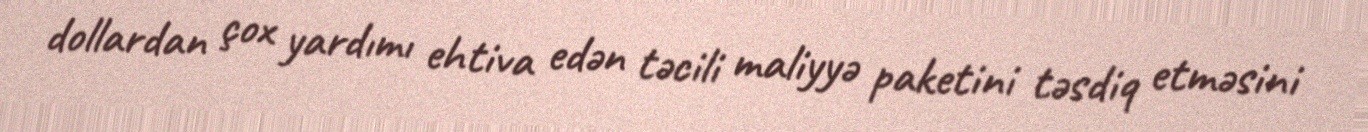
dollardan çox yardımı ehtiva edən təcili maliyyə paketini təsdiq etməsini